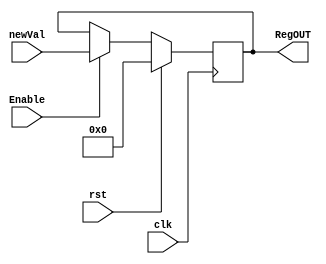

module RegisterNbits 
                #
                (
                    parameter Nbits = 32
                )
                (
                    input wire clk,
                    input wire rst,
                    input wire [Nbits-1:0]newVal,
                    input wire Enable,
                    output reg [Nbits-1:0]RegOUT
                );



always @(posedge clk) 
    begin
        if(rst == 1)
            RegOUT <= 0;
        else
            begin
                if(Enable == 1)
                    RegOUT <= newVal;
            end
    end
    
endmodule